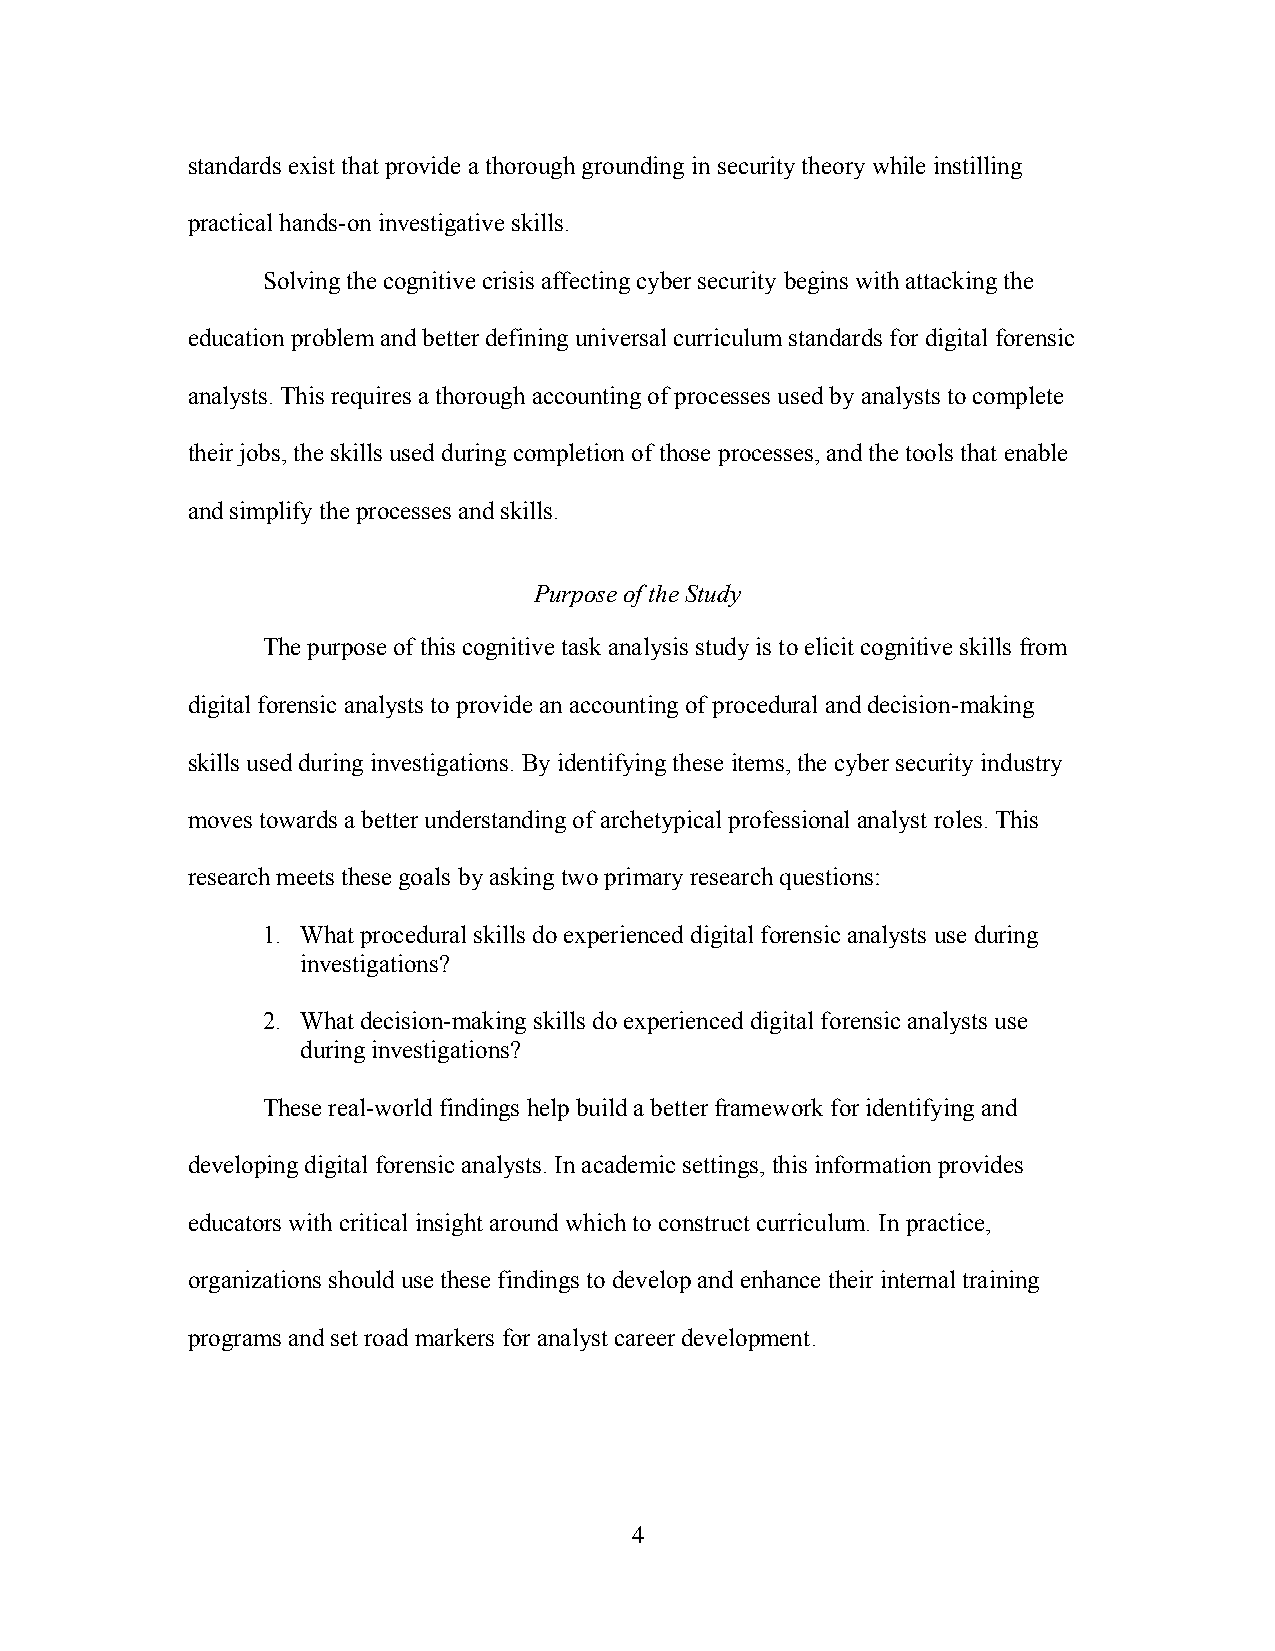
standards exist that provide a thorough grounding in security theory while instilling
 practical hands-on investigative skills.
 Solving the cognitive crisis affecting cyber security begins with attacking the
 education problem and better defining universal curriculum standards for digital forensic
 analysts. This requires a thorough accounting of processes used by analysts to complete
 their jobs, the skills used during completion of those processes, and the tools that enable
 and simplify the processes and skills.
 Purpose of the Study
 The purpose of this cognitive task analysis study is to elicit cognitive skills from
 digital forensic analysts to provide an accounting of procedural and decision-making
 skills used during investigations. By identifying these items, the cyber security industry
 moves towards a better understanding of archetypical professional analyst roles. This
 research meets these goals by asking two primary research questions:
 1. What procedural skills do experienced digital forensic analysts use during
 investigations?
 2. What decision-making skills do experienced digital forensic analysts use
 during investigations?
 These real-world findings help build a better framework for identifying and
 developing digital forensic analysts. In academic settings, this information provides
 educators with critical insight around which to construct curriculum. In practice,
 organizations should use these findings to develop and enhance their internal training
 programs and set road markers for analyst career development.
 4